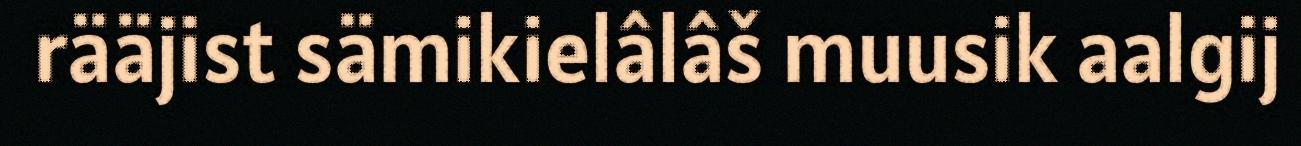
rääjist sämikielâlâš muusik aalgij